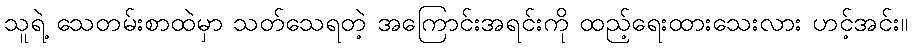
သူရဲ့ သေတမ်းစာထဲမှာ သတ်သေရတဲ့ အကြောင်းအရင်းကို ထည့်ရေးထားသေးလား ဟင့်အင်း။